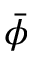
\bar { \phi }